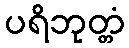
ပရိဘုတ္တံ